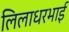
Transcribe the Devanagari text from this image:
लिलाधरभाई